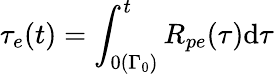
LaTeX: \tau_{e}(t)=\int_{0(\Gamma_{0})}^{t}R_{pe}(\tau)\mathrm{d}\tau